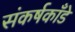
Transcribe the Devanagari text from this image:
संकर्षकाँडे